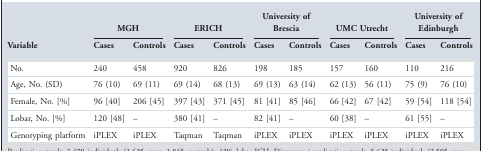
|  | <COLSPAN=2> MGH | <COLSPAN=2> ERICH | <COLSPAN=2> University of Brescia | <COLSPAN=2> UMC Utrecht | <COLSPAN=2> University of Edinburgh |
 | Variable | Cases | Controls | Cases | Controls | Cases | Controls | Cases | Controls | Cases | Controls |
 | --- | --- | --- | --- | --- | --- | --- | --- | --- | --- | --- |
 | No. | 240 | 458 | 920 | 826 | 198 | 185 | 157 | 160 | 110 | 216 |
 | Age, No. (SD) | 76 (10) | 69 (11) | 69 (14) | 68 (13) | 69 (13) | 63 (14) | 62 (13) | 56 (11) | 75 (9) | 76 (10) |
 | Female, No. [%] | 96 [40] | 206 [45] | 397 [43] | 371 [45] | 81 [41] | 85 [46] | 66 [42] | 67 [42] | 59 [54] | 118 [54] |
 | Lobar, No. [%] | 120 [48] | – | 380 [41] | – | 82 [41] | – | 60 [38] | – | 61 [55] | – |
 | Genotyping platform | iPLEX | iPLEX | Taqman | Taqman | iPLEX | iPLEX | iPLEX | iPLEX | iPLEX | iPLEX |